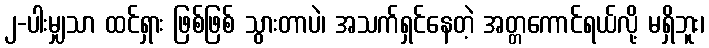
၂-ပါးမျှသာ ထင်ရှား ဖြစ်ဖြစ် သွားတာပဲ၊ အသက်ရှင်နေတဲ့ အတ္တကောင်ရယ်လို့ မရှိဘူး၊